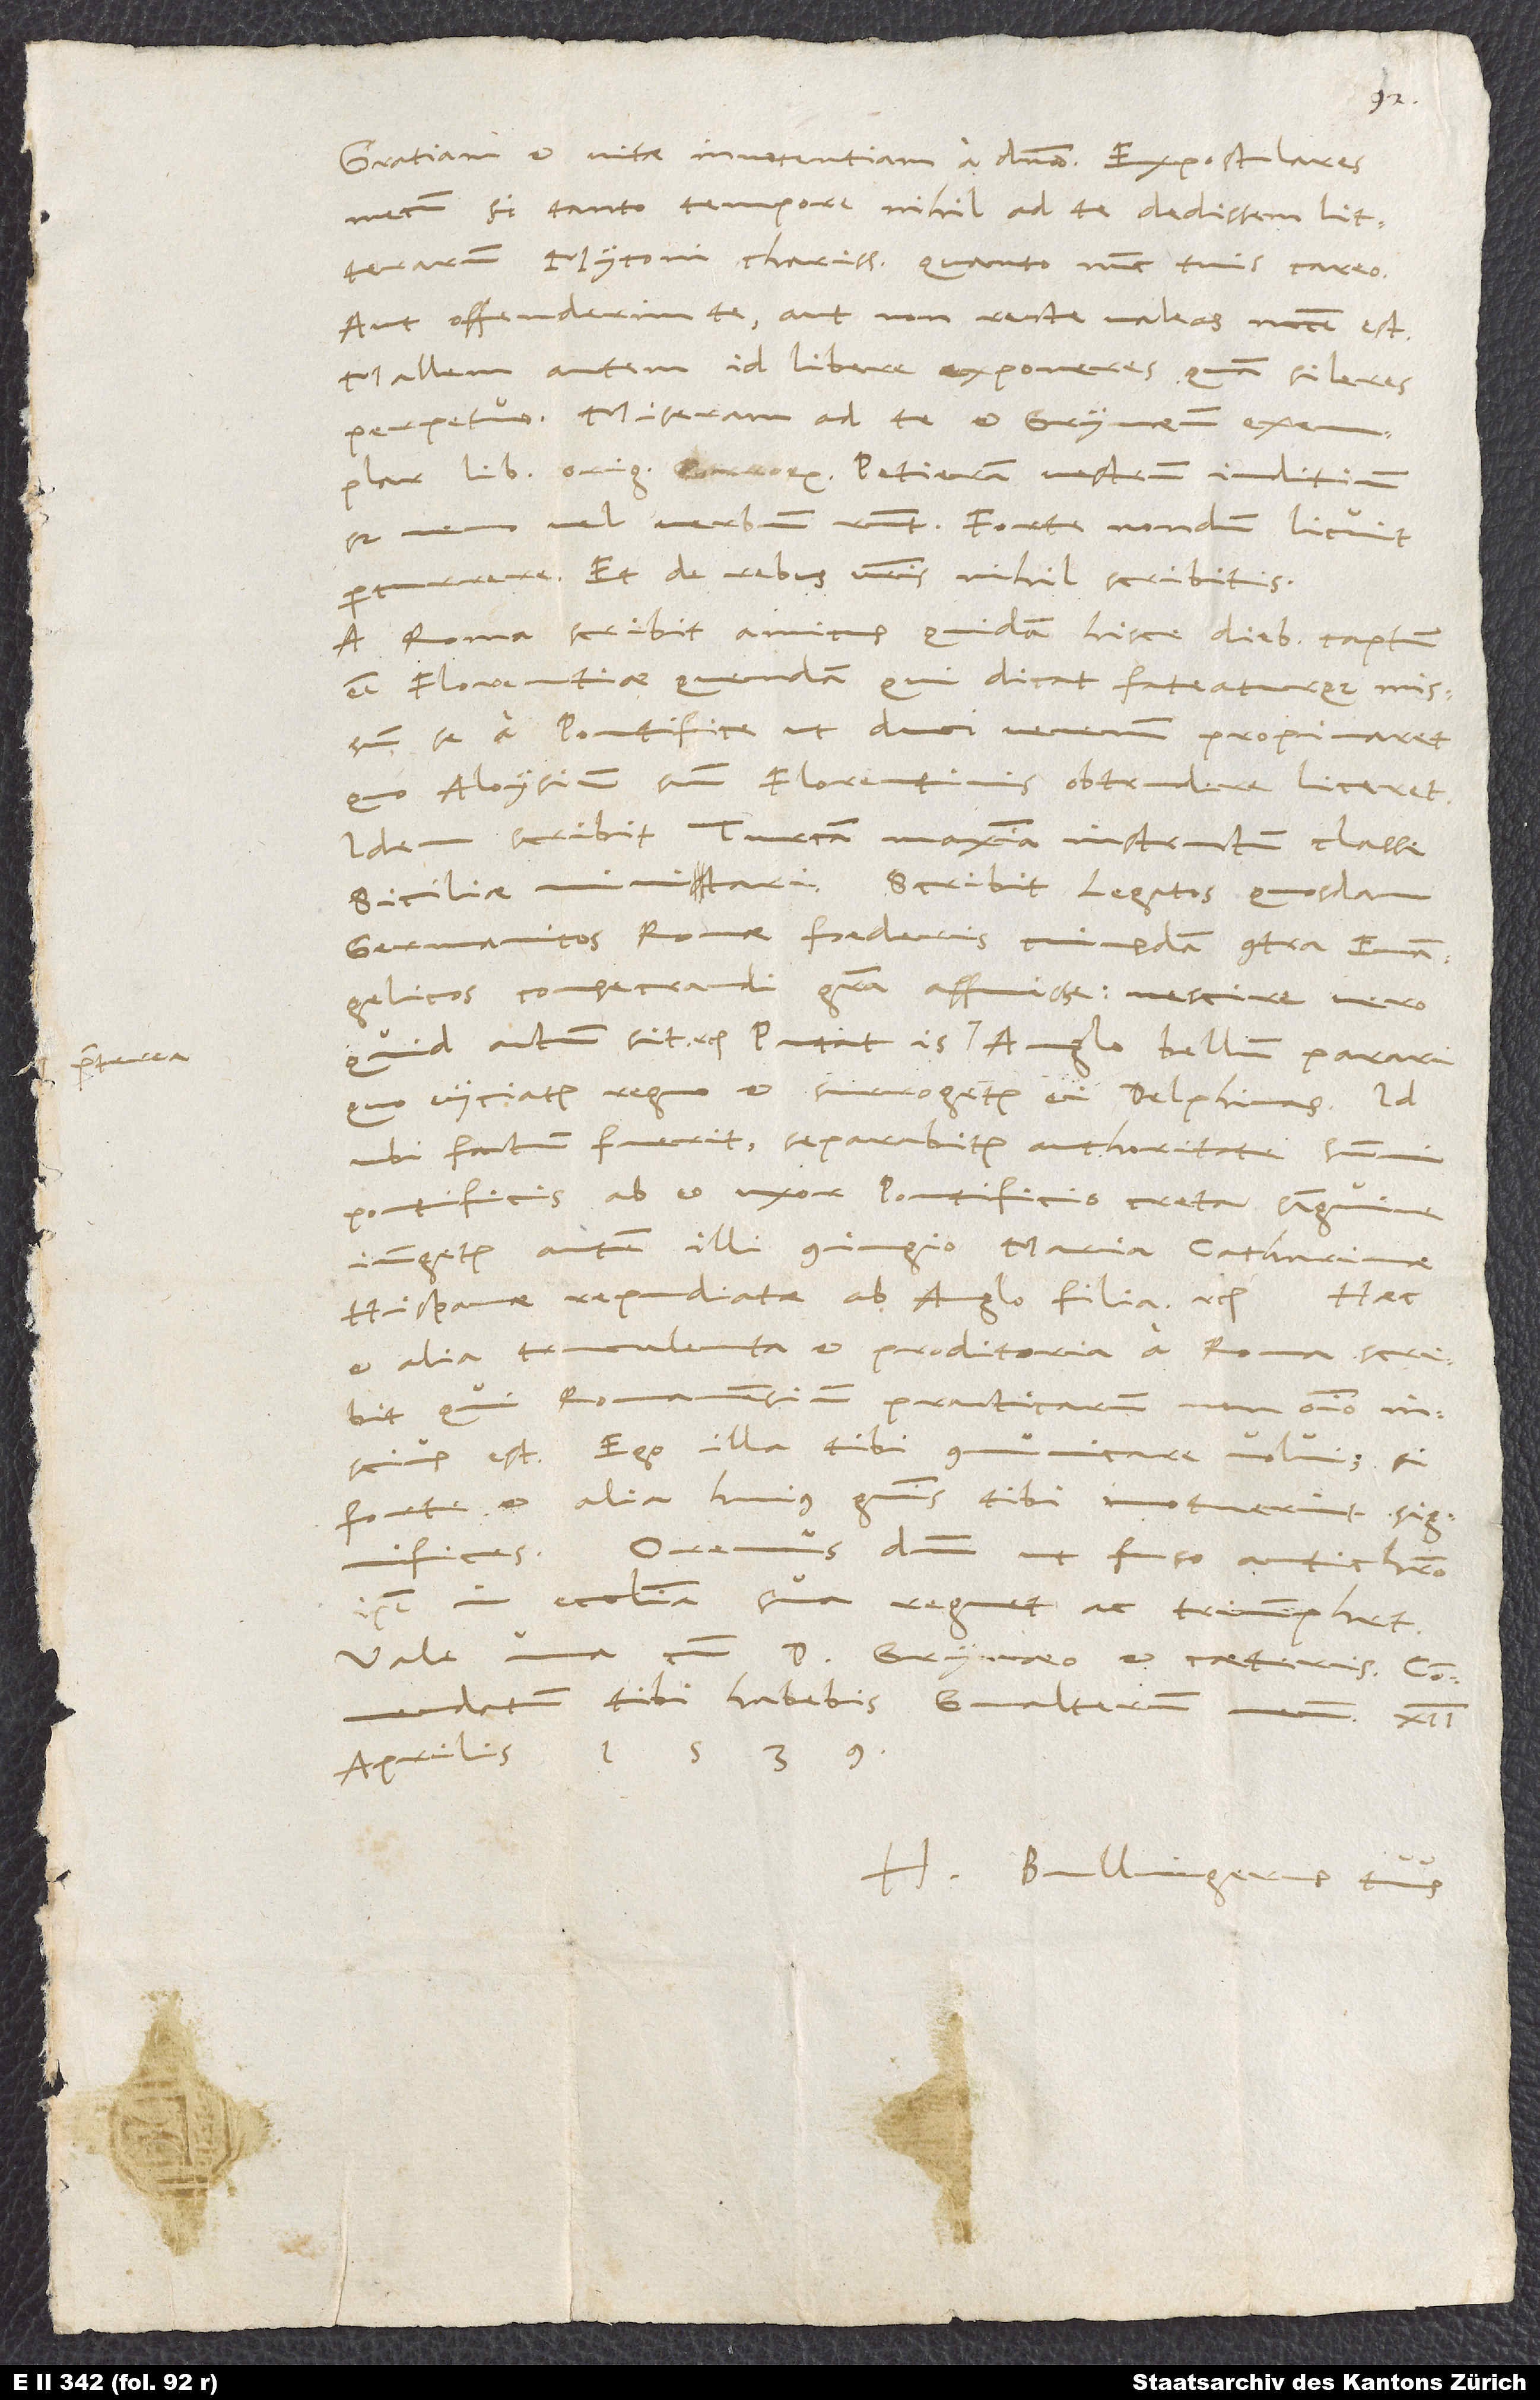
12.
mecum, si tanto tempore nihil ad te dedissem litterarum,
Myconi charissime, quanto nunc tuis careo.
Aut offenderim te aut non recte valeas necesse est.
Mallem autem id libere exponeres quam sileres
lib erroris. Petieram vestrum iuditium,
sed nemo vel verbum respondet. Forte nondum licuit
percurrere. Et de rebus vestris nihil scribitis.
A Roma scribit amicus quidam hisce diebus captum
esse Florentiae quendam, qui dicat fateaturque missum
se a pontifice, ut duci venenum propinaret,
quo Aloysium suum Florentinis obtrudere liceret.
Idem scribit Turcam maxima instructum classe
Siciliae minitari. Scribit legatos quosdam
Germanicos Romae foederis cuiusdam contra evangelicos
consecrandi gratia affuisse; nescire vero,
quid actum sit etc. Putat is praeterea Anglo bellum parari,
quo eiiciatur regno et surrogetur ei delphinas. Id
ubi factum fuerit, separabitur authoritate summi
pontificis ab eo uxor pontificio creta sanguine,
iungetur autem illi coniugio Maria, Catharinae
Hispanae repudiatae ab Anglo filia etc. Haec
et alia truculenta et proditoria a Roma scribit,
qui Romanensium practicarum non omnino
inscius est. Ego illa tibi communicare volui; si
forte et alia huius generis tibi innotuerint, significes.
Oremus dominum, ut fuso antichristo
ipse in ecclesia sua regnet ac triumphet.
Vale una cum d. Grynaeo et caeteris.
Commendatum tibi habebis Gvalterum meum.
aprilis 1539.
H. Bullingerus tuus.